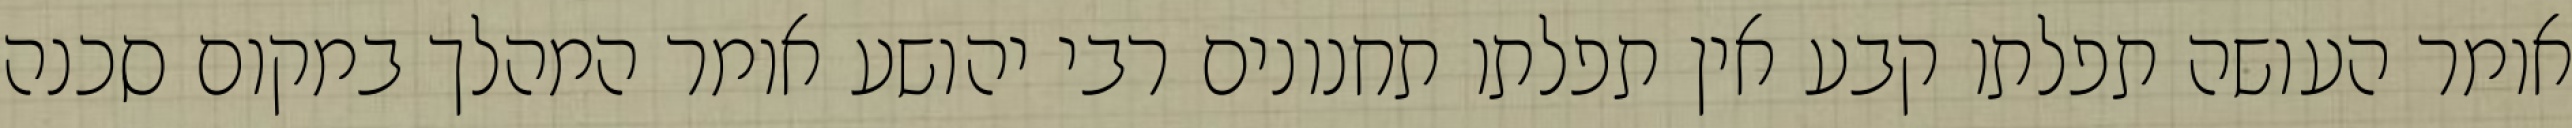
אומר העושה תפלתו קבע אין תפלתו תחנונים רבי יהושע אומר המהלך במקום סכנה